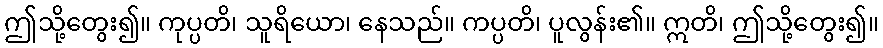
ဤသို့တွေး၍။ ကုပ္ပတိ၊ သူရိယော၊ နေသည်။ ကပ္ပတိ၊ ပူလွန်း၏။ ဣတိ၊ ဤသို့တွေး၍။